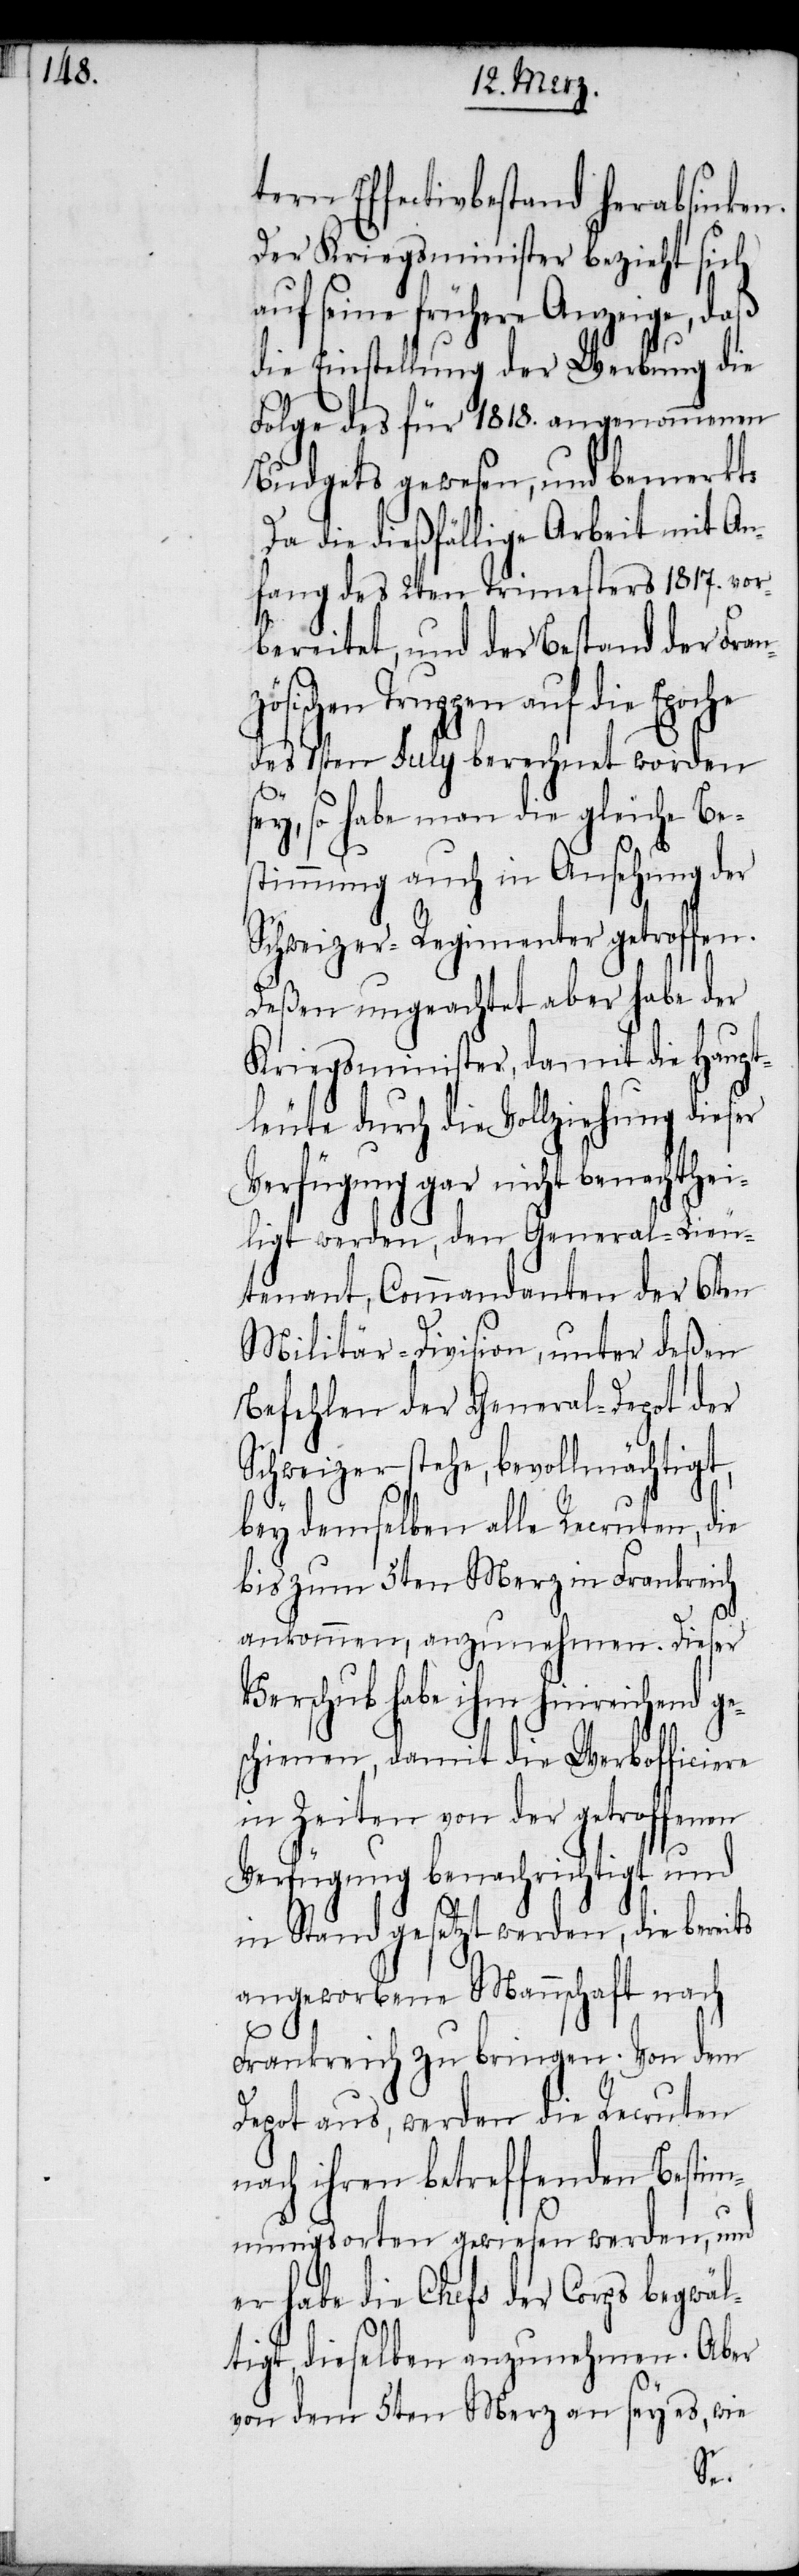
tern Effectivbestand herabsinken.
Der Kriegsminister bezieht sich
auf seine frühere Anzeige, daß
die Einstellung der Werbung die
Folge des für 1818. angenommenen
Budgets gewesen, und bemerkt:
Da die dießfällige Arbeit mit An¬
fang des 2ten Trimesters 1817. vor¬
bereitet, und der Bestand der Fran¬
zösischen Truppen auf die Epoche
des 1sten July berechnet worden
ey, so habe man die gleiche Be¬
stimmung auch in Ansehung der
Schweizer-Regimenter getroffen.
Deßen ungeachtet aber habe der
Kriegsminister, damit die Haupt¬
leute durch die Vollziehung dieser
Verfügung gar nicht benachthei¬
ligt werden, den General-Lieu¬
tenant, Commandanten der 6ten
Militär-Division, unter deßen
Befehlen der General-Depot der
Schweizer stehe, bevollmächtigt,
bey demselben alle Recruten, die
bis zum 5ten Merz in Frankreich
ankommen, anzunehmen. Dieser
Verschub habe ihm hinreichend ges¬
chienen, damit die Werbofficiere
in Zeiten von der getroffenen
Verfügung benachrichtigt und
in Stand gesetzt werden, die bereits
angeworbene Mannschaft nach
Frankreich zu bringen. Von dem
Depot aus, werden die Recruten
nach ihren betreffenden Bestim¬
mungsorten gewiesen werden, und
er habe die Chefs der Corps begwäl¬
tigt, dieselben anzunehmen. Aber
von dem 5ten Merz an sey es, wie
s¬